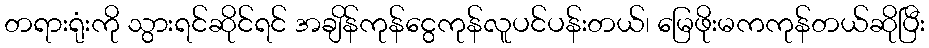
တရားရုံးကို သွားရင်ဆိုင်ရင် အချိန်ကုန်ငွေကုန်လူပင်ပန်းတယ်၊ မြေဖိုးမကကုန်တယ်ဆိုပြီး